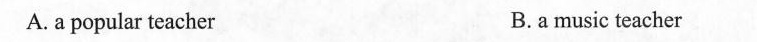
A. a popular teacher B.a music teacher